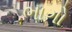
ભાગો